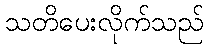
သတိပေးလိုက်သည်